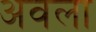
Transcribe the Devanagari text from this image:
अवला